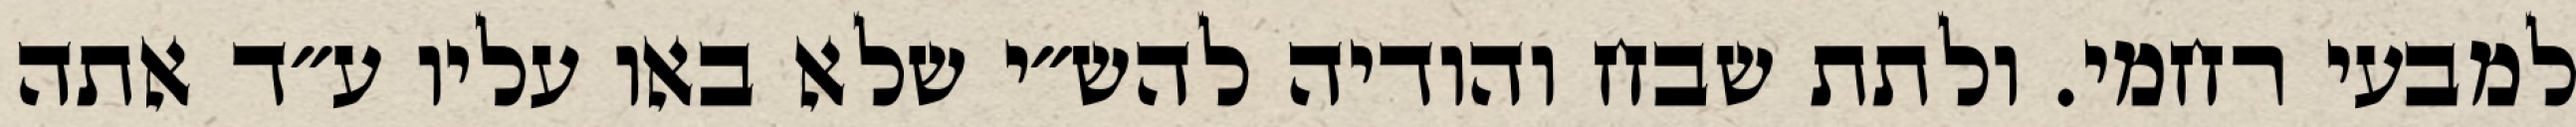
למבעי רחמי. ולתת שבח והודיה להש״י שלא באו עליו ע״ד אתה